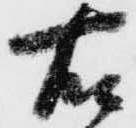
右